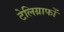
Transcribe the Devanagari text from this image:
टेलिग्राफों